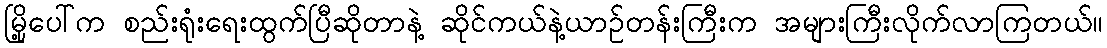
မြို့ပေါ်က စည်းရုံးရေးထွက်ပြီဆိုတာနဲ့ ဆိုင်ကယ်နဲ့ယာဉ်တန်းကြီးက အများကြီးလိုက်လာကြတယ်။